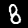
Label: 8